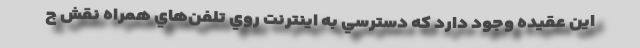
اين عقيده وجود دارد كه دسترسي به اينترنت روي تلفن‌هاي همراه نقش چ